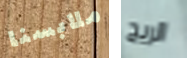
ملابسنا الريح